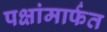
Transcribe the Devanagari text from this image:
पक्षांमार्फत